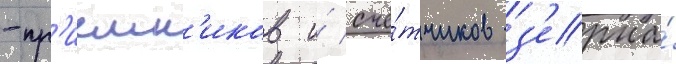
-пр'иемн'иков и́ счё́тчиков з'ерна́